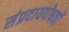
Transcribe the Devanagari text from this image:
संप्रदायपोषकों